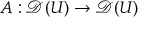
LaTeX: A : { \mathcal { D } } ( U ) \to { \mathcal { D } } ( U )